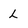
Character: L